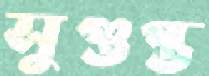
সুগুপ্ত